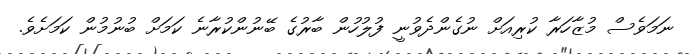
ނަމަވެސް މުޒާހަރާ ކުރިއަށް ނުގެންދެވުނީ ފުލުހުން ބާރުގެ ބޭނުންކުރާނެ ކަމަށް ބުނުމުން ކަމަށެވެ.